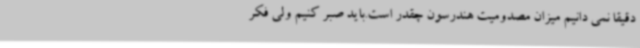
دقیقا نمی دانیم میزان مصدومیت هندرسون چقدر است.باید صبر کنیم ولی فکر